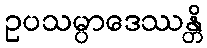
ဥပသမ္ပာဒေဿန္တိ